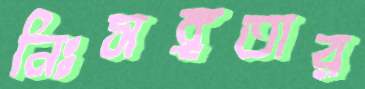
নিঃসঙ্গতার